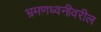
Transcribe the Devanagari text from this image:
भ्रमणध्वनीवरील